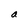
Character: a